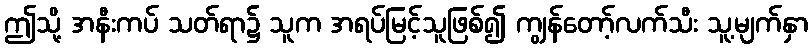
ဤသို့ အနီးကပ် သတ်ရာ၌ သူက အရပ်မြင့်သူဖြစ်၍ ကျွန်တော့်လက်သီး သူ့မျက်နှာ